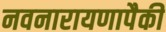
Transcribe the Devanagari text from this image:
नवनारायणापैकी